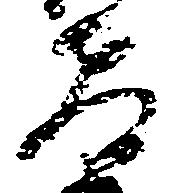
教